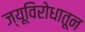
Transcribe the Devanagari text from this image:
ज्यूविरोधातून